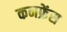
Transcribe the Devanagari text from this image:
कनफ्रेंस